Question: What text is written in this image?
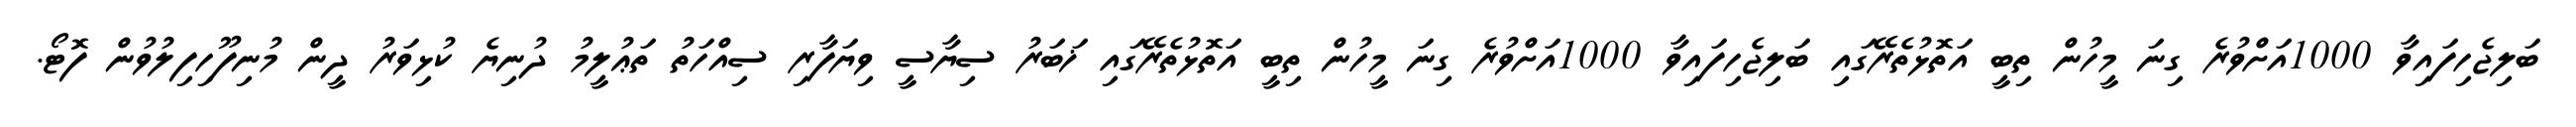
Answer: ބަލިޖެހިފައިވާ 1000އަށްވުރެ ގިނަ މީހުން ތިބީ އަތޮޅުތެރޭގައި ބަލިޖެހިފައިވާ 1000އަށްވުރެ ގިނަ މީހުން ތިބީ އަތޮޅުތެރޭގައި ޚަބަރު ސިޔާސީ ވިޔަފާރި ސިއްހަތު ތަޢުލީމު ދުނިޔެ ކުޅިވަރު ދީން މުނިފޫހިފިލުވުން ފޮޓޯ.